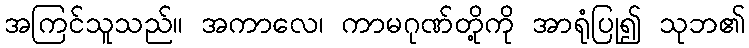
အကြင်သူသည်။ အကာလေ၊ ကာမဂုဏ်တို့ကို အာရုံပြု၍ သုဘ၏